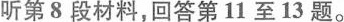
听第8段材料,回答第11 至 13 题。